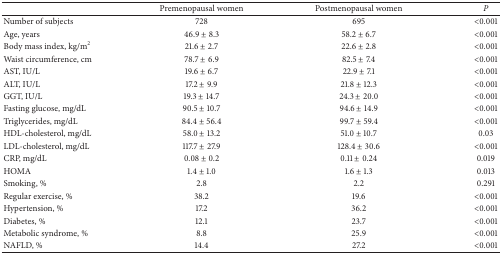
|  | Premenopausal women | Postmenopausal women | P |
 | --- | --- | --- | --- |
 | Number of subjects | 728 | 695 | <0.001 |
 | Age, years | 46.9 ± 8.3 | 58.2 ± 6.7 | <0.001 |
 | Body mass index, kg/m2 | 21.6 ± 2.7 | 22.6 ± 2.8 | <0.001 |
 | Waist circumference, cm | 78.7 ± 6.9 | 82.5 ± 7.4 | <0.001 |
 | AST, IU/L | 19.6 ± 6.7 | 22.9 ± 7.1 | <0.001 |
 | ALT, IU/L | 17.2 ± 9.9 | 21.8 ± 12.3 | <0.001 |
 | GGT, IU/L | 19.3 ± 14.7 | 24.3 ± 20.0 | <0.001 |
 | Fasting glucose, mg/dL | 90.5 ± 10.7 | 94.6 ± 14.9 | <0.001 |
 | Triglycerides, mg/dL | 84.4 ± 56.4 | 99.7 ± 59.4 | <0.001 |
 | HDL-cholesterol, mg/dL | 58.0 ± 13.2 | 51.0 ± 10.7 | 0.03 |
 | LDL-cholesterol, mg/dL | 117.7 ± 27.9 | 128.4 ± 30.6 | <0.001 |
 | CRP, mg/dL | 0.08 ± 0.2 | 0.11 ± 0.24 | 0.019 |
 | HOMA | 1.4 ± 1.0 | 1.6 ± 1.3 | 0.013 |
 | Smoking, % | 2.8 | 2.2 | 0.291 |
 | Regular exercise, % | 38.2 | 19.6 | <0.001 |
 | Hypertension, % | 17.2 | 36.2 | <0.001 |
 | Diabetes, % | 12.1 | 23.7 | <0.001 |
 | Metabolic syndrome, % | 8.8 | 25.9 | <0.001 |
 | NAFLD, % | 14.4 | 27.2 | <0.001 |